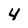
Character: 4